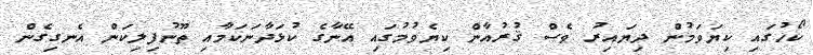
ކޯހުގައި ކިޔަވަމުން ދިޔައިރު ވެސް ޤުރުއާން ކިޔެވުމުގައި އޭނާގެ ކުޅަދާނަކަމާއި ތޫނުފިލިކަން އެނގިގެން